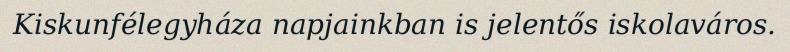
Kiskunfélegyháza napjainkban is jelentős iskolaváros.